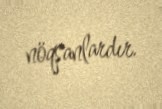
nöqsanlardır.